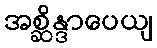
အစ္ဆိန္ဒာပေယျ